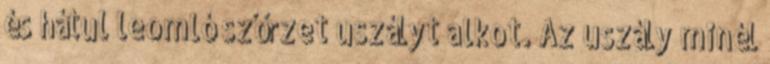
és hátul leomló szőrzet uszályt alkot. Az uszály minél